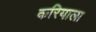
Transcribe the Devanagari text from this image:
करियाला